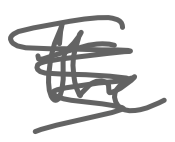
Text: the
Cross-out: scratch
Writing tool: digital_gray